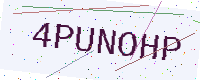
Text: 4PUNOHP